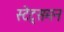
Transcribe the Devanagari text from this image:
स्टेट्समन